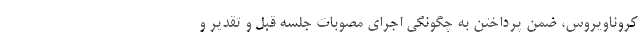
کروناویروس، ضمن پرداختن به چگونگی اجرای مصوبات جلسه قبل و تقدیر و